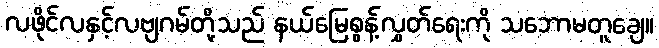
လဖိုင်လနှင့်လဗျဂမ်တို့သည် နယ်မြေစွန့်လွှတ်ရေးကို သဘောမတူချေ။